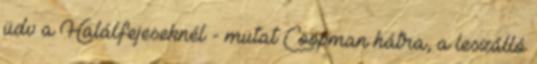
üdv a Halálfejeseknél - mutat Coopman hátra, a leszálló